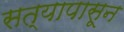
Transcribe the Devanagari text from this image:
सत्यापासून